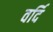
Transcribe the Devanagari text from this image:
वर्दि